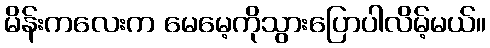
မိန်းကလေးက မေမေ့ကိုသွားပြောပါလိမ့်မယ်။